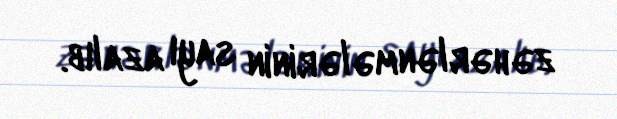
zəhərlənmələrinin sayı azalıb.